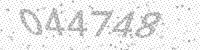
Solution: 044748